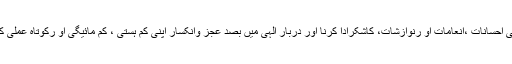
عید الفطر کا بنیادی مقصد اور فلسفہ رمضان المبارک میں اللہ تعالیٰ رب العزت کے خصوصی احسانات ،انعامات او رنوازشات، کاشکرادا کرنا اور دربار الٰہی میں بصد عجز وانکسار اپنی کم ہستی ، کم مائیگی او رکوتاہ عملی کا اعتراف کر کے اس ذات عظیم وبرتر سے معافی اور عفو ودرگزر کی دہا والتجاء کرنا ہے۔